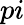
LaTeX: pi